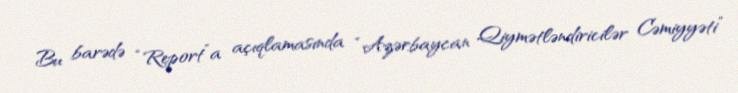
Bu barədə “Report”a açıqlamasında “Azərbaycan Qiymətləndiricilər Cəmiyyəti”